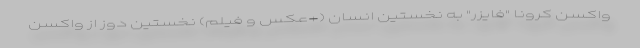
واکسن کرونا "فایزر" به نخستین انسان (+عکس و فیلم) نخستین دوز از واکسن